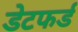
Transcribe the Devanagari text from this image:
डेटफर्ड